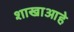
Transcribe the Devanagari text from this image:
शाखाआहे